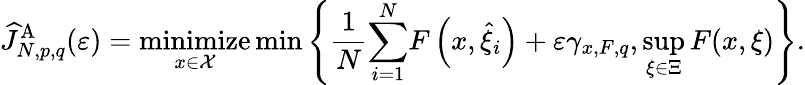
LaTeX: \widehat{J}_{N,p,q}^{\mathrm{A}}(\varepsilon)=\underset{x\in\mathcal{X}}{\mathrm{minimize}}\operatorname*{min}\left\{ \frac{1}{N}{\displaystyle\sum_{i=1}^{N}}F\left(x,\widehat{\xi}_{i}\right)+\varepsilon\gamma_{x,F,q},\operatorname*{sup}_{\xi\in\Xi}F(x,\xi)\right\} .